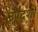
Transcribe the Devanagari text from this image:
उपदशों